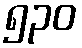
၅၃၀